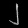
Digit: ၂